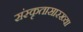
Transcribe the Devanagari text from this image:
संस्कृतासारख्या